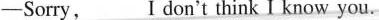
— Sorry,___I don't think I know you.